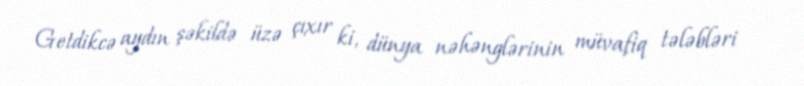
Getdikcə aydın şəkildə üzə çıxır ki, dünya nəhənglərinin müvafiq tələbləri